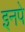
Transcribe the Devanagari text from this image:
इनपे